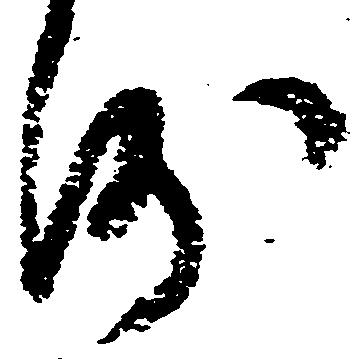
沙